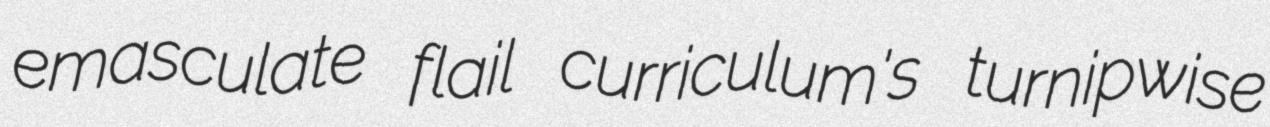
emasculate flail curriculum's turnipwise